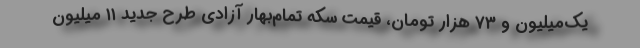
یک‌میلیون و ۷۳ هزار تومان، قیمت سکه تمام‌بهار آزادی طرح جدید ۱۱ میلیون